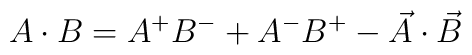
A\cdot B = A^{+}B^{-} + A^{-}B^{+} -\vec{A}\cdot \vec{B}